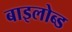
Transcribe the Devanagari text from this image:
बाइलोब्ड